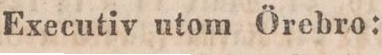
Executiv utom Örebro: